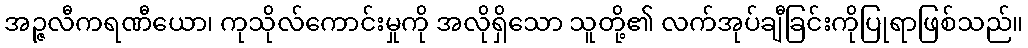
အဉ္ဇလီကရဏီယော၊ ကုသိုလ်ကောင်းမှုကို အလိုရှိသော သူတို့၏ လက်အုပ်ချီခြင်းကိုပြုရာဖြစ်သည်။